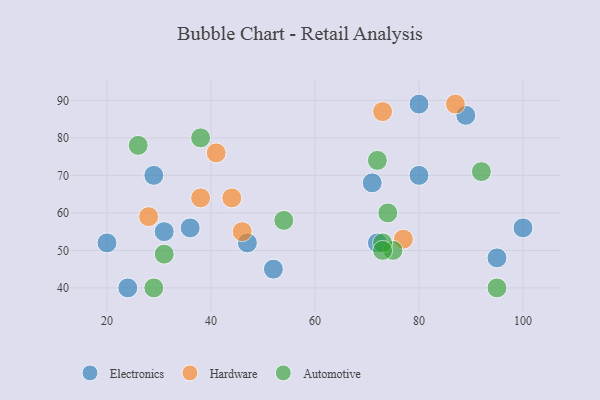
{"axis": {"x": "GDP", "y": "Life Expectancy"}, "legend": ["Automotive", "Electronics", "Hardware"], "data": [{"x": "71", "y": 68, "type": "Electronics"}, {"x": "20", "y": 52, "type": "Electronics"}, {"x": "100", "y": 56, "type": "Electronics"}, {"x": "72", "y": 52, "type": "Electronics"}, {"x": "95", "y": 48, "type": "Electronics"}, {"x": "89", "y": 86, "type": "Electronics"}, {"x": "47", "y": 52, "type": "Electronics"}, {"x": "80", "y": 70, "type": "Electronics"}, {"x": "24", "y": 40, "type": "Electronics"}, {"x": "31", "y": 55, "type": "Electronics"}, {"x": "80", "y": 89, "type": "Electronics"}, {"x": "36", "y": 56, "type": "Electronics"}, {"x": "52", "y": 45, "type": "Electronics"}, {"x": "29", "y": 70, "type": "Electronics"}, {"x": "28", "y": 59, "type": "Hardware"}, {"x": "73", "y": 87, "type": "Hardware"}, {"x": "38", "y": 64, "type": "Hardware"}, {"x": "44", "y": 64, "type": "Hardware"}, {"x": "41", "y": 76, "type": "Hardware"}, {"x": "87", "y": 89, "type": "Hardware"}, {"x": "46", "y": 55, "type": "Hardware"}, {"x": "77", "y": 53, "type": "Hardware"}, {"x": "38", "y": 80, "type": "Automotive"}, {"x": "75", "y": 50, "type": "Automotive"}, {"x": "73", "y": 52, "type": "Automotive"}, {"x": "29", "y": 40, "type": "Automotive"}, {"x": "92", "y": 71, "type": "Automotive"}, {"x": "72", "y": 74, "type": "Automotive"}, {"x": "31", "y": 49, "type": "Automotive"}, {"x": "95", "y": 40, "type": "Automotive"}, {"x": "74", "y": 60, "type": "Automotive"}, {"x": "26", "y": 78, "type": "Automotive"}, {"x": "54", "y": 58, "type": "Automotive"}, {"x": "73", "y": 50, "type": "Automotive"}]}